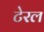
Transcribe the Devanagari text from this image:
टेरल